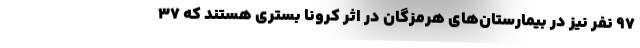
97 نفر نیز در بیمارستان‌های هرمزگان در اثر کرونا بستری هستند که 37